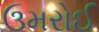
ઉમરોઈ